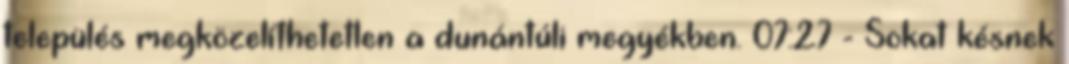
település megközelíthetetlen a dunántúli megyékben. 07:27 - Sokat késnek